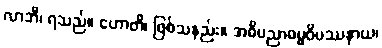
လာဘီ၊ ရသည်။ ဟောတိ၊ ဖြစ်သနည်း။ အဓိပညာဓမ္မဝိပဿနာယ၊